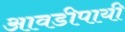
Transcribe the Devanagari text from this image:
आवडीपायी